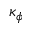
\kappa _ { \phi }